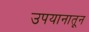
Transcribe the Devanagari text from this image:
उपयानातून